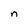
Character: n